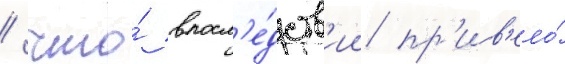
/ что́ впосл'е́дств'ии пр'ив'ело́